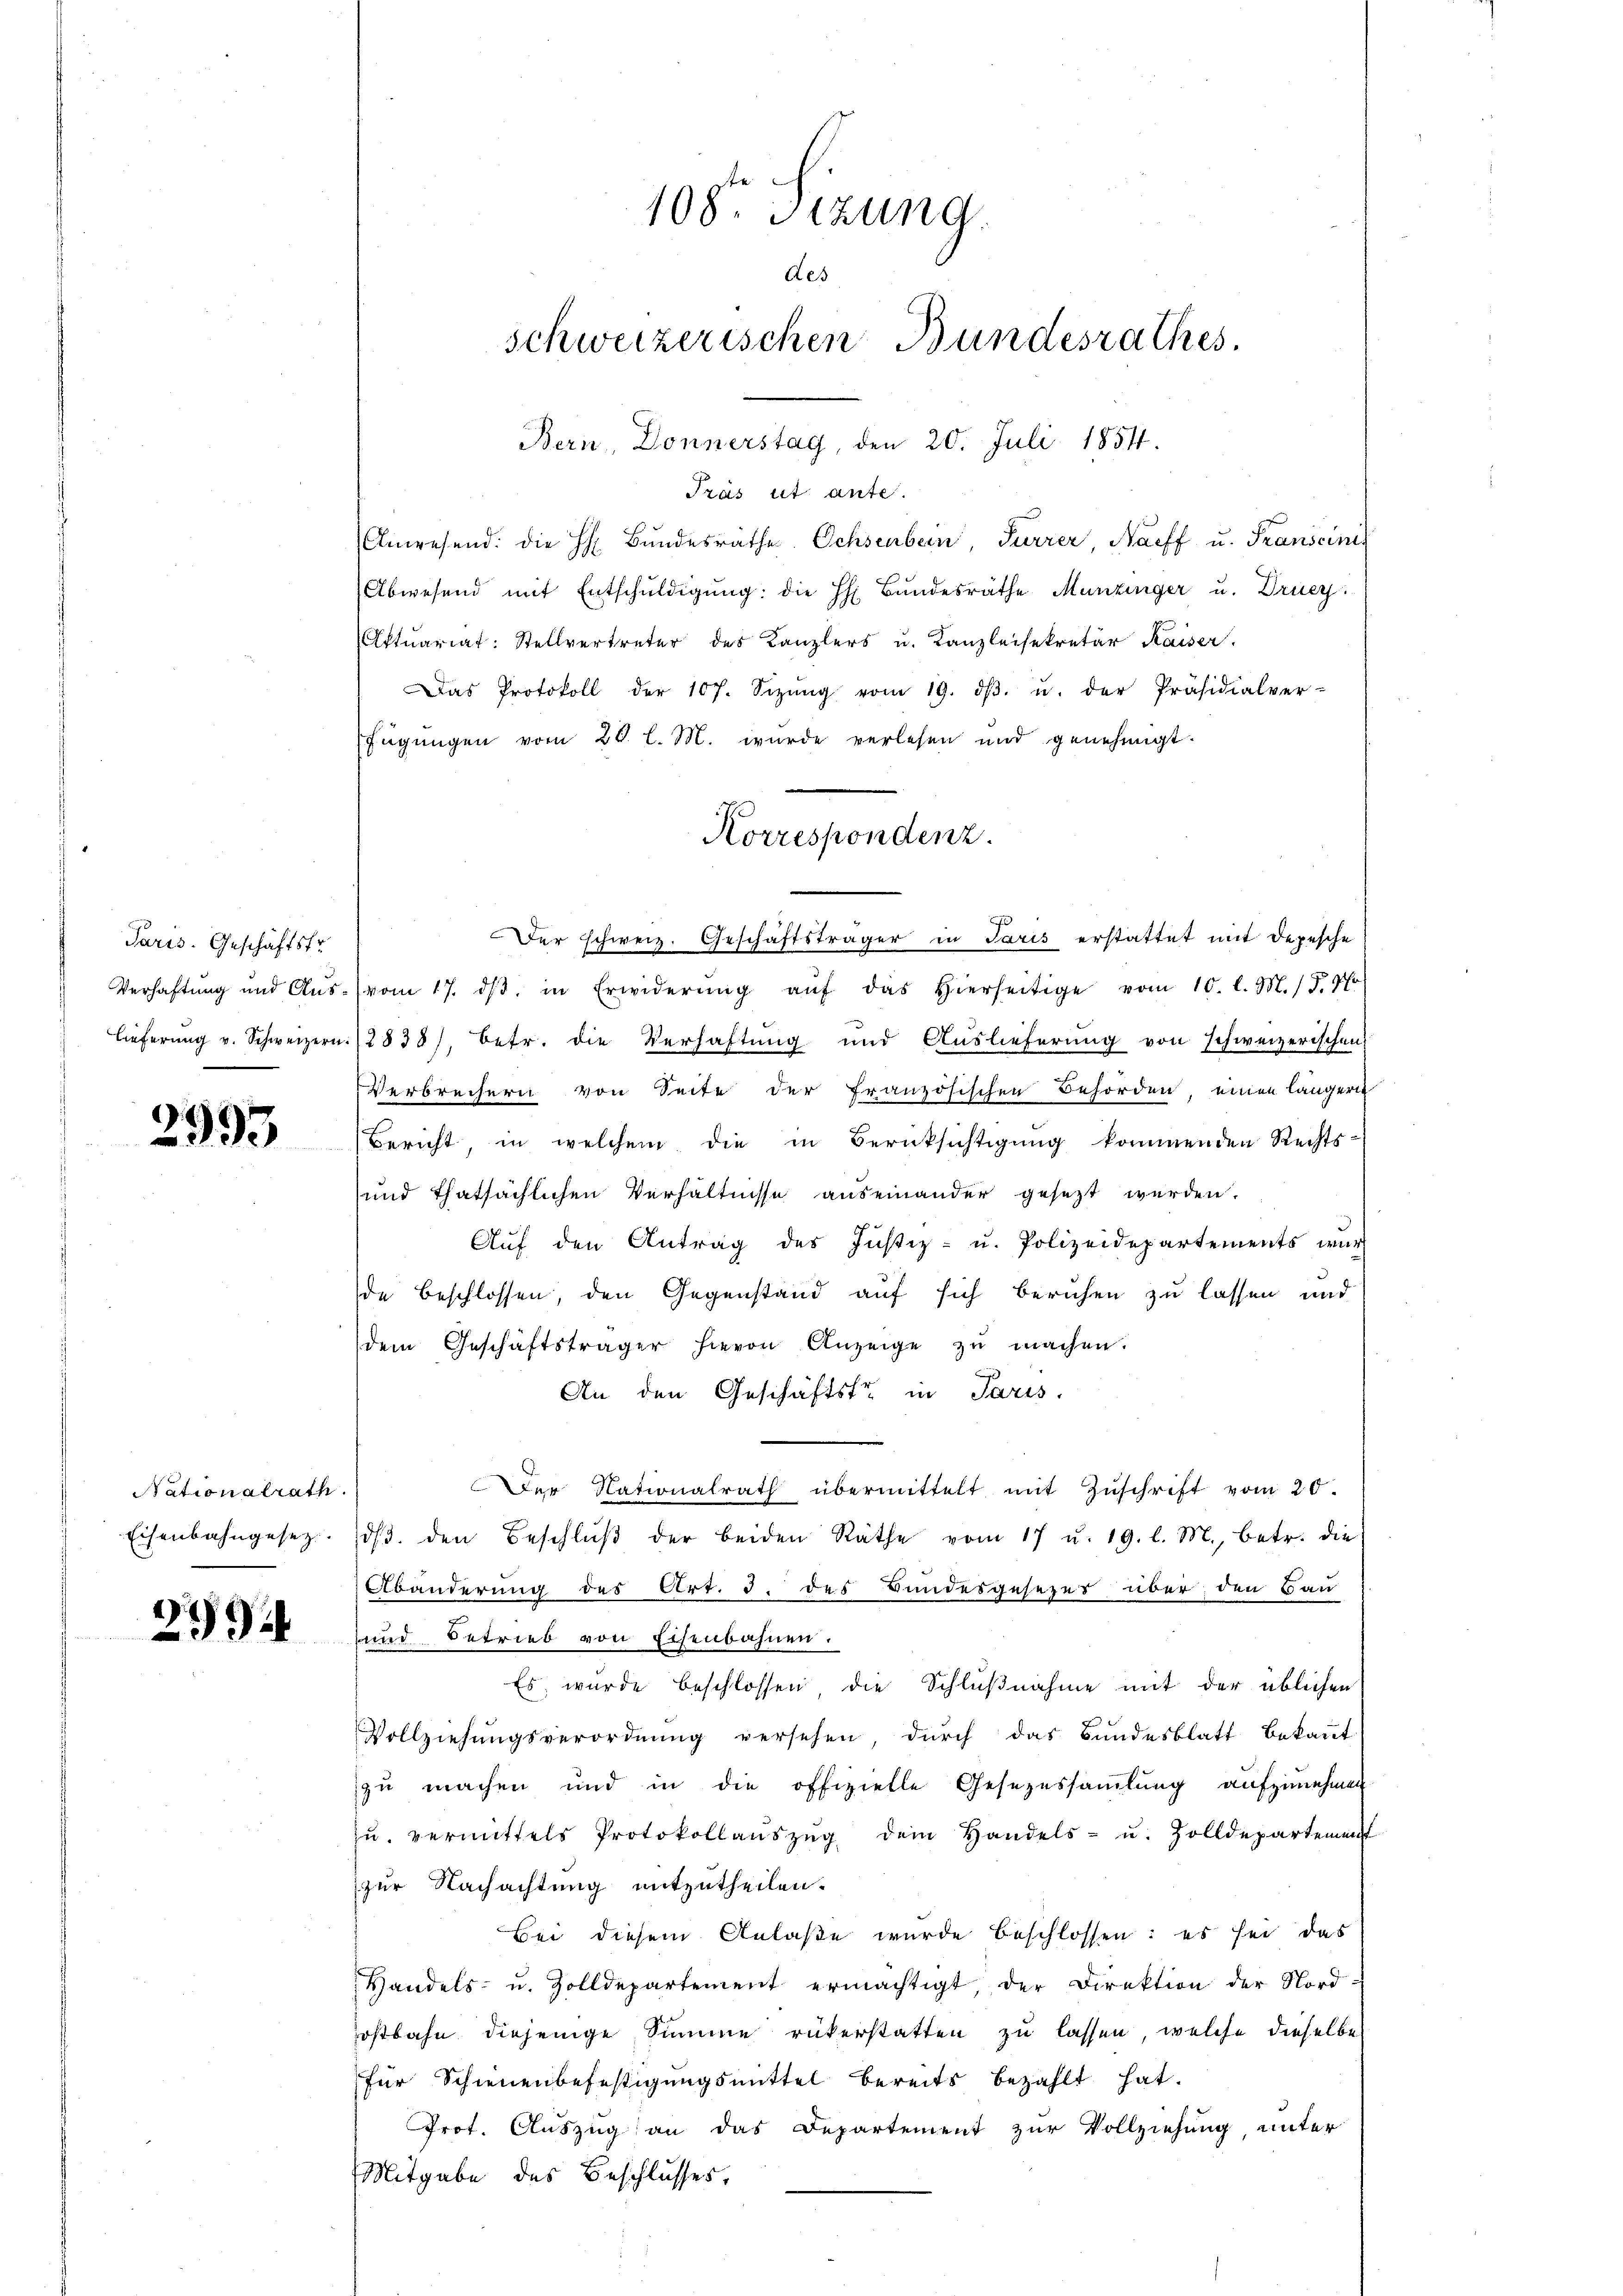
Paris. Geschäftstr

2993

Nationalrath
Eisenbahngesez

4
259

Bern, Donnerstag, den 20. Juli 1851.
Tras ist ante.
Anwesend: die H. Bŭndesräthe Ochsenbein, Furrer, Naff u. Transcinis
Abwesend mit Entschuldigung: die H: Bundesräthe Munzinger u. Druey.
Aktuariat: Stellvertreter des Kanzlers u. Kanzleisekretär Kaiser.
Das Protokoll der 107. Sizŭng vom 19. dβ. u. der Präsidialver-
fügŭngen vom 20. l. M. wurde verlesen und genehmigt.
7
Der schweiz. Geschäftsträger in Paris erstattet mit depesche
Verhaftung und Aŭs- (vom 17. dβ in Erwiderŭng aŭf das hierseitige vom 10. l. M. J. Pr
Lieferŭng v. Schweizern (2838), betr. die Verhaftung und Auslieferŭng von schweizerischen
Verbrechern von Seite der französischen Behörden, einen länger
Bericht, in welchem die in Berücksichtigung kommenden Rechts-
und thatsächlichen Verhältnisse auseinander gesezt werden.
Auf den Antrag des Justiz- u. Polizeidepartements war
de beschlossen, den Gegenstand auf sich beruhen zu lassen und
dem Geschäftsträger hievon Anzeige zu machen.
An den Geschäftstr. in Paris.
Der Nationalrath übermittelt mit Zŭschrift vom 20.
dβ. den Beschlŭβ der beiden Räthe vom 17 u. 19. l. M., betr. die
Abänderung des Art. 3. des Bundesgesezes über den Bau
unnd Betrieb von Eisenbahnen.
Es wurde beschlossen, die Schlußnahme mit der üblichen
Vollziehungsverordnung versehen durch das Bundesblatt bekannt
zu machen und in die offizielle Gesezessammlung aufzunehmen
zŭ vermittels Protokollaŭszŭg dem Handels- u. Zolldepartement
zur Nachachtung mitzutheilen.
Bei diesem Anlaße wurde beschlossen: es sei das
Handels- u. Zolldepartement ermächtigt, der Direktion der Nord-
ostbahn diejenige Summe rükerstatten zu lassen, welche dieselbe
für Schienenbefestigungsmittel bereits bezahlt hat.
Prot. Auszug an das Departement zur Vollziehung, unter
Mitgabe des Beschlusses,

108. Sitzung.
des
schweizerischen Bundesrathes.

Korrespondenz.